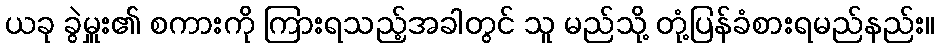
ယခု ခွဲမှူး၏ စကားကို ကြားရသည့်အခါတွင် သူ မည်သို့ တုံ့ပြန်ခံစားရမည်နည်း။